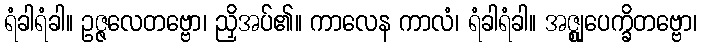
ရံခါရံခါ။ ဥဇ္ဇလေတဗ္ဗော၊ ညှိအပ်၏။ ကာလေန ကာလံ၊ ရံခါရံခါ။ အဇ္ဈုပေက္ခိတဗ္ဗော၊